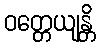
ဝတ္တေယျန္တိ